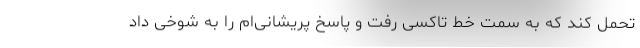
تحمل کند که به سمت خط تاکسی رفت و پاسخ پریشانی‌ام را به شوخی داد